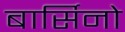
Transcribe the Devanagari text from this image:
बार्सिनो